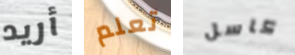
أريد تعلم كاسل